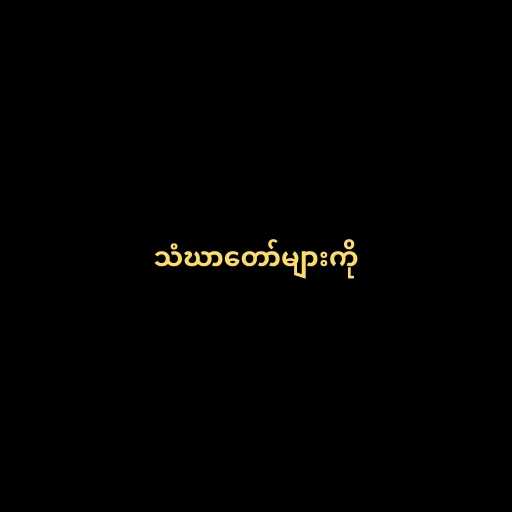
သံဃာတော်များကို